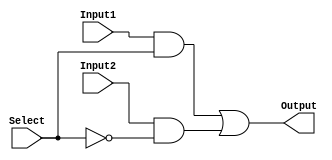
`timescale 1ns / 1ps
//////////////////////////////////////////////////////////////////////////////////
// Company: 
// Engineer: 
// 
// Design Name: 
// Module Name:    mux_2cross1 
// Project Name: 
// Target Devices: 
// Tool versions: 
// Description: 
//
// Dependencies: 
//
// Revision: 
// Revision 0.01 - File Created
// Additional Comments: 
//
//////////////////////////////////////////////////////////////////////////////////
module mux_2cross1(
    input Input1,
    input Input2,
    input Select,
    output Output
    );
wire out1, out2;
assign out1 = Input1 & Select;
assign out2 = Input2 & (~Select);
assign Output = out1 | out2;
endmodule